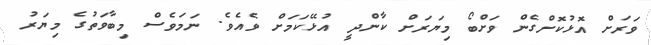
ވަރަށް އޮޅުކޮށްގެން ވަށްބޯ މިޔަރަށް ކާންދީ އުޅޭކަމަށް ވެއެވެ. ނަމަވެސް މިބާވަތުގެ މިޔަރު